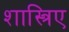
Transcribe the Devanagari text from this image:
शास्त्रिए